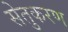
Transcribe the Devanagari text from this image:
सेतुकरण